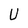
Character: U